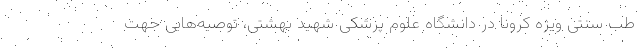
طب سنتی ویژه کرونا در دانشگاه علوم پزشکی شهید بهشتی، توصیه‌هایی جهت